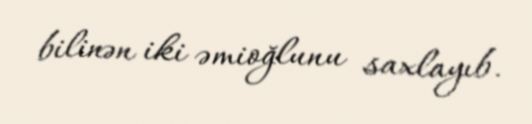
bilinən iki əmioğlunu saxlayıb.